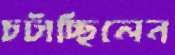
চটাচ্ছিলেন